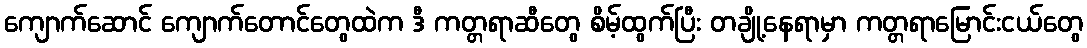
ကျောက်ဆောင် ကျောက်တောင်တွေထဲက ဒီ ကတ္တရာဆီတွေ စိမ့်ထွက်ပြီး တချို့နေရာမှာ ကတ္တရာမြောင်းငယ်တွေ